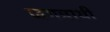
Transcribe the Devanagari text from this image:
जगन्नाथी